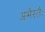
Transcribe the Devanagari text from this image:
अभैस्तैः